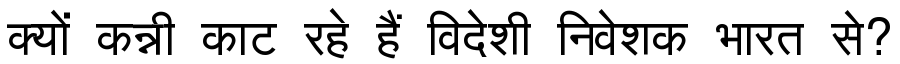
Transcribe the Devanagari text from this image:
क्यों कन्नी काट रहे हैं विदेशी निवेशक भारत से?